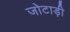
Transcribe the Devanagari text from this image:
जोटाड़ी